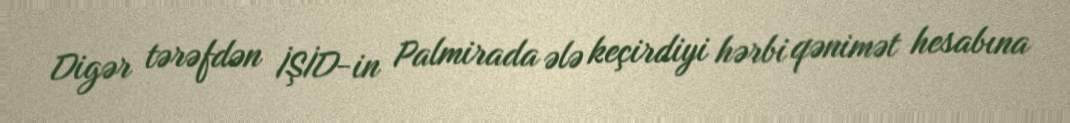
Digər tərəfdən İŞİD-in Palmirada ələ keçirdiyi hərbi qənimət hesabına